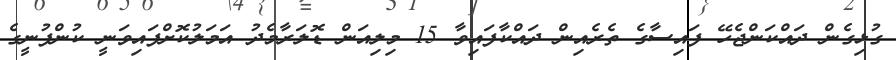
ގުޅިގެން ދައްކަންޖެހޭ ފައިސާގެ ތެރެއިން ދައްކާފައިވާ 15 މިލިއަން ޑޮލަރާމެދު އަމަލުކޮށްފައިވަނީ ކުންފުނީގެ